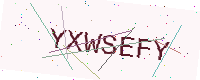
Text: YXWSEFY